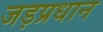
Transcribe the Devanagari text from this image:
जड़प्रधान